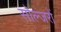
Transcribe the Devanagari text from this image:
सोल्जरों